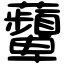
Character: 𧅵